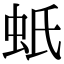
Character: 蚔